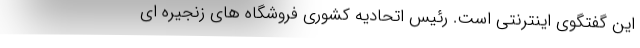
این گفتگوی اینترنتی است. رئیس اتحادیه کشوری فروشگاه های زنجیره ای